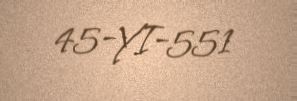
45-YI-551